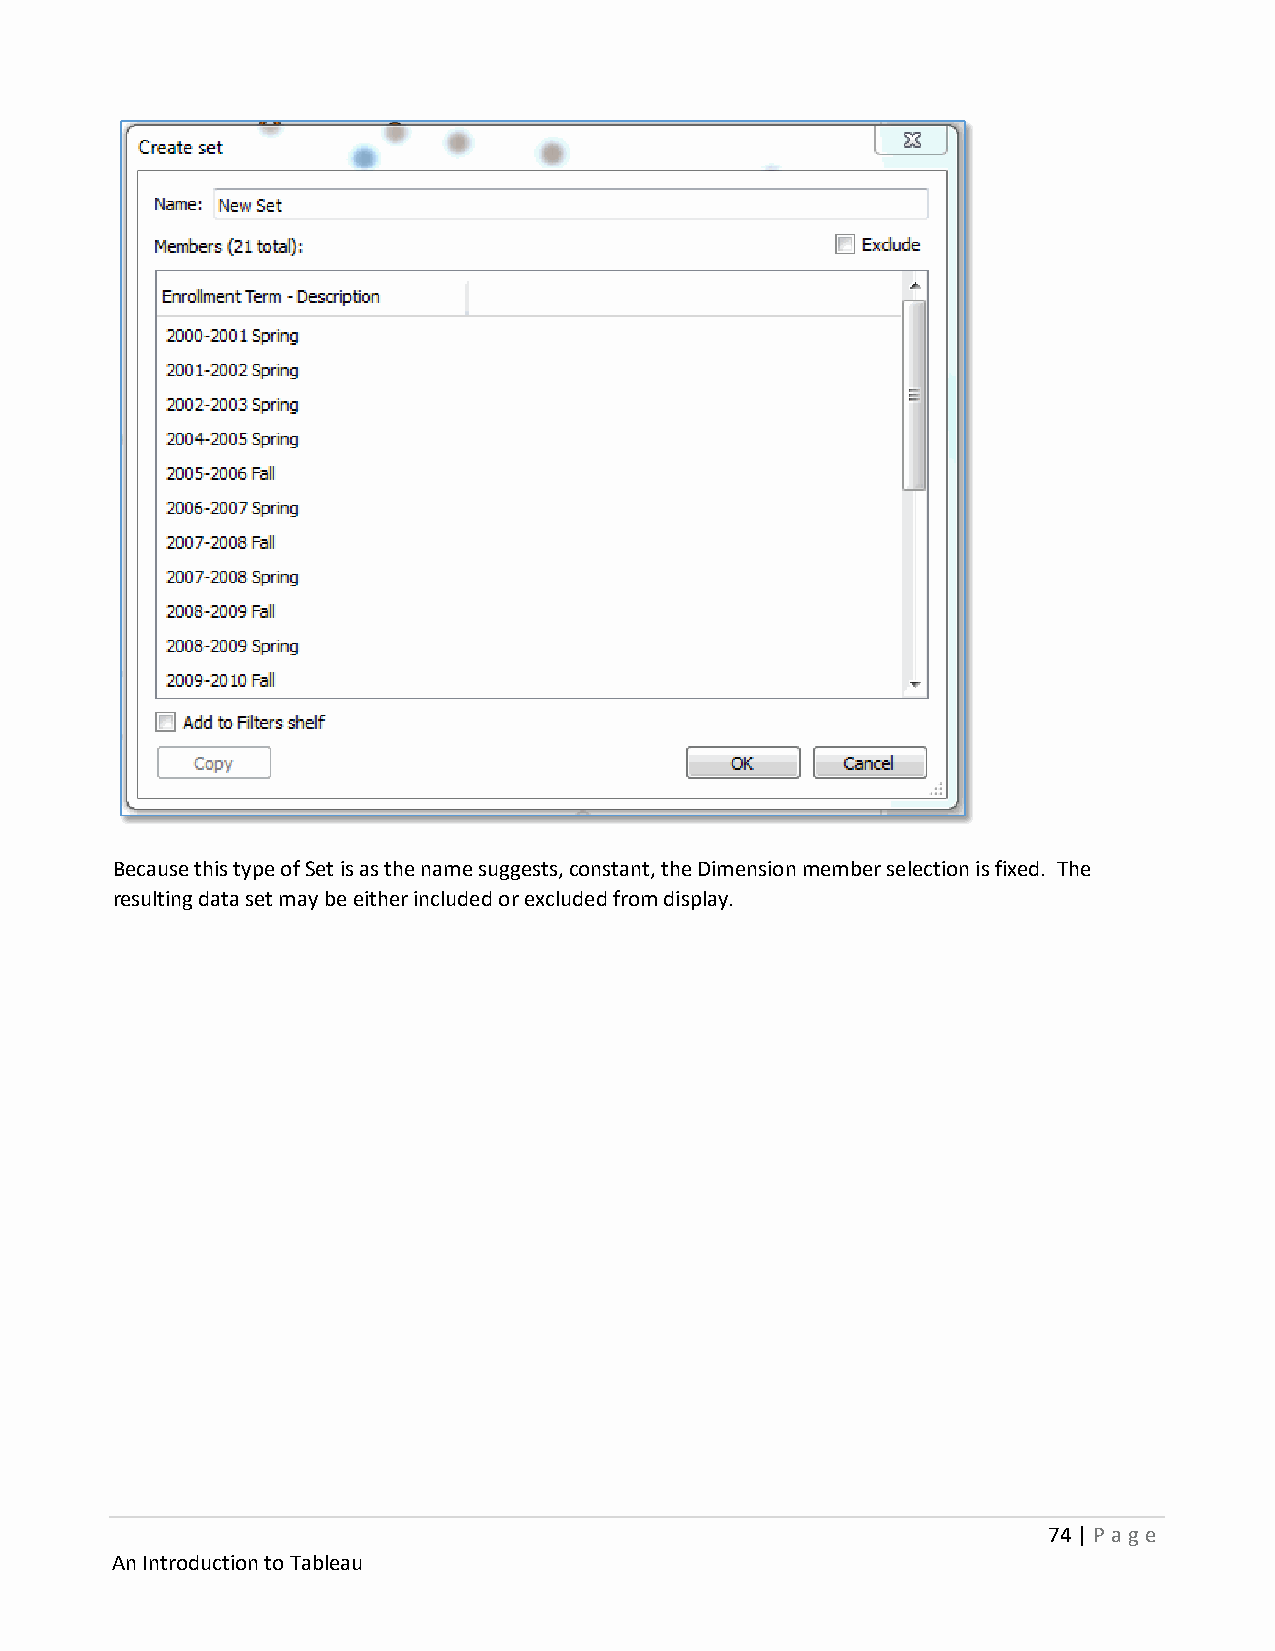
Because this type of Set is as the name suggests, constant, the Dimension member selection is fixed. The
 resulting data set may be either included or excluded from display.
 74 | P age
 An Introduction to Tableau